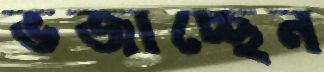
ভজাচ্ছেন